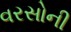
વરસોની